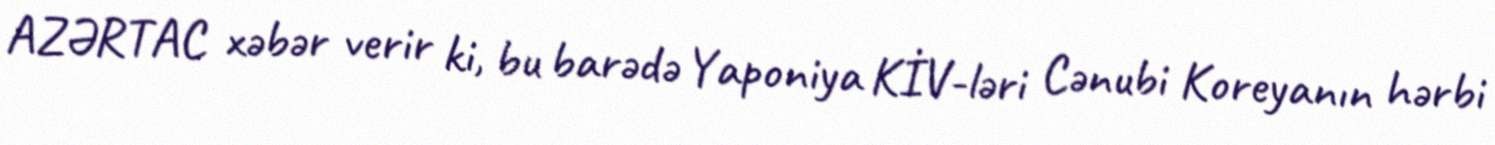
AZƏRTAC xəbər verir ki, bu barədə Yaponiya KİV-ləri Cənubi Koreyanın hərbi